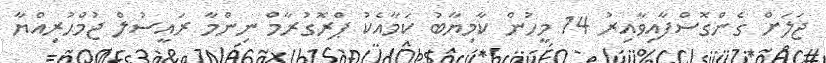
ޖަލަށް ގެންގޮސްފާއިވާއިރު 14 މީހުން ކާމިޔާބު ކަމާއެކު ޕްރޮގުރާމް ނިންމާ ރައީސުލް ޖުމްޙުރިއްޔާ